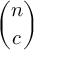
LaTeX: \binom { n } { c }